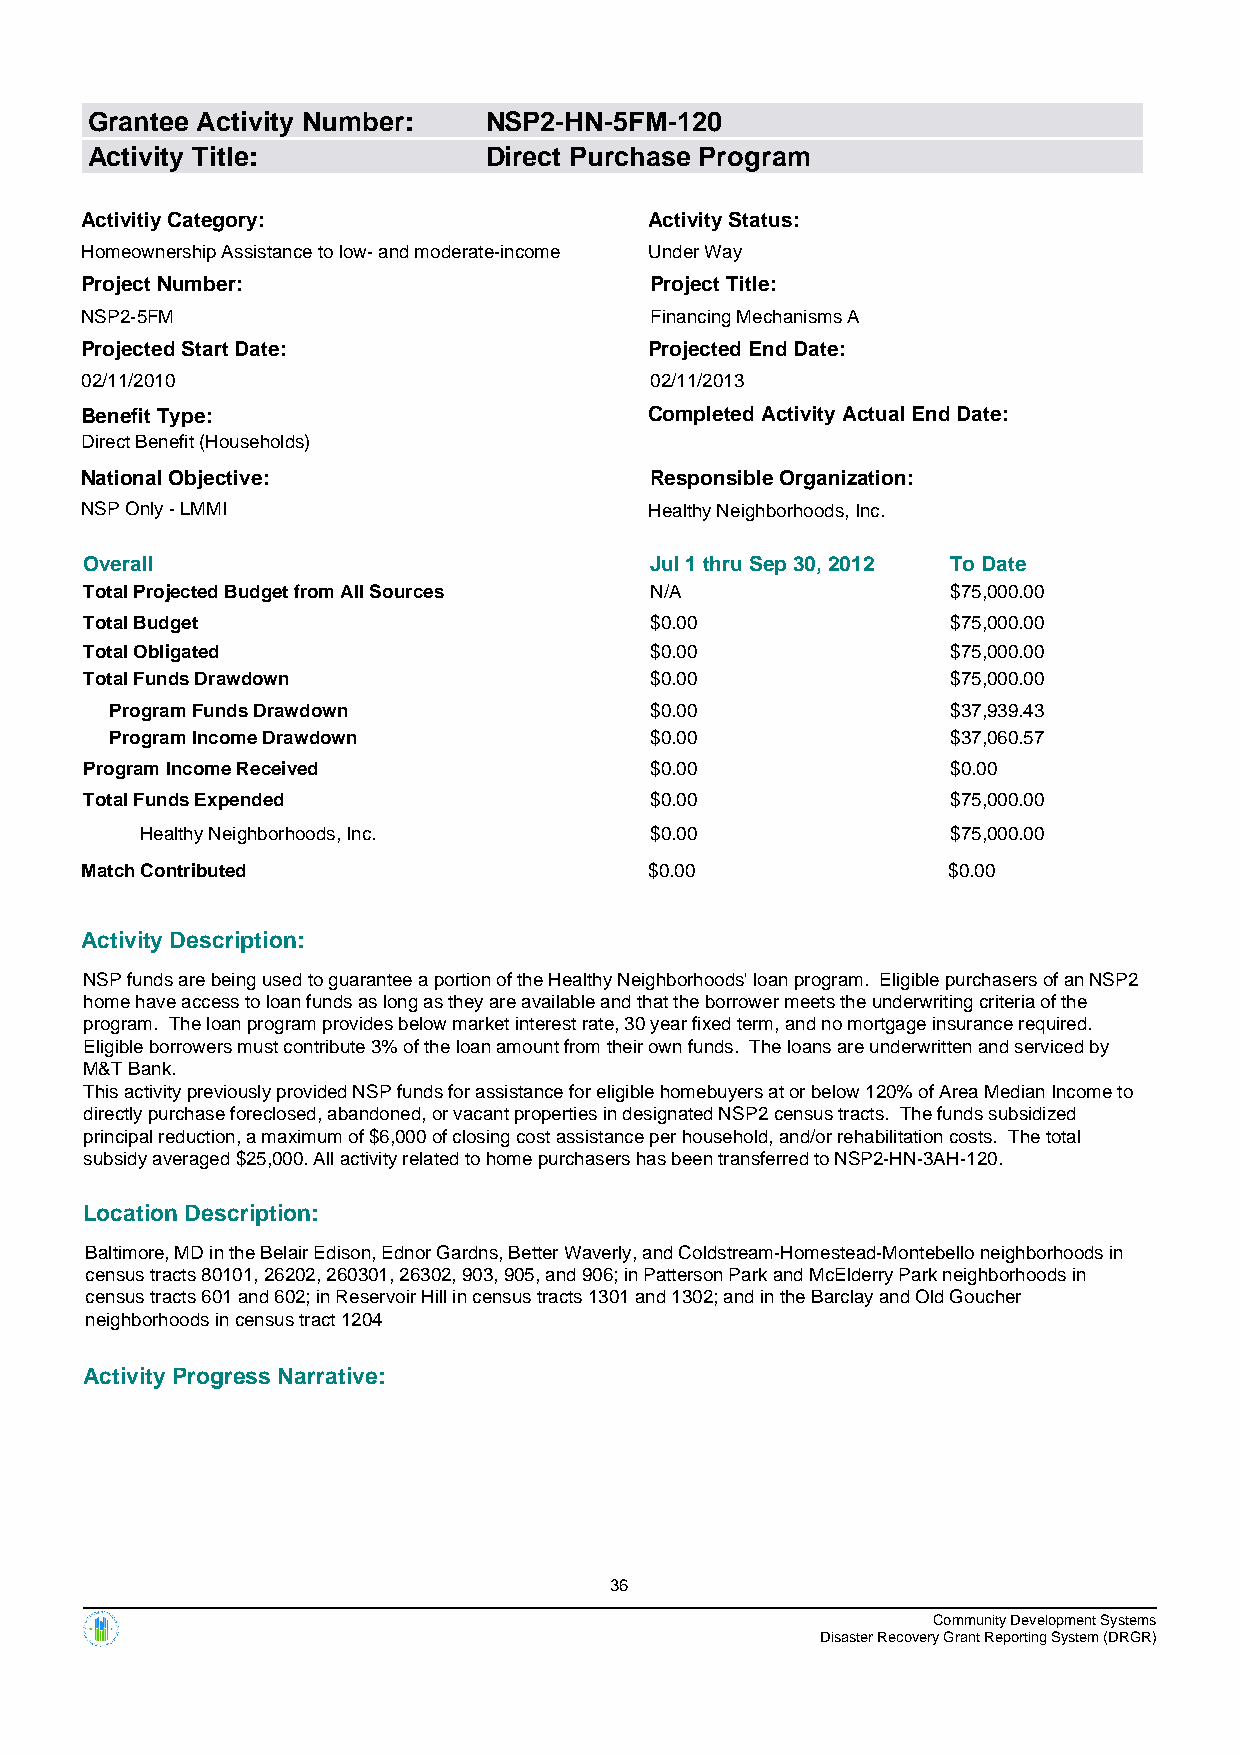
Grantee Activity Number:  NSP2-HN-5FM-120
 Activity Title:           Direct Purchase Program
 Activitiy Category:                   Activity Status:
 Homeownership Assistance to low- and moderate-income Under Way
 Project Number:                       Project Title:
 NSP2-5FM                              Financing Mechanisms A
 Projected Start Date:                 Projected End Date:
 02/11/2010                            02/11/2013
 Benefit Type:                         Completed Activity Actual End Date:
 Direct Benefit (Households)
 National Objective:                   Responsible Organization:
 NSP Only - LMMI                       Healthy Neighborhoods, Inc.
 Overall                              Jul 1 thru Sep 30, 2012 To Date
 Total Projected Budget from All Sources N/A              $75,000.00
 Total Budget                         $0.00               $75,000.00
 Total Obligated                      $0.00               $75,000.00
 Total Funds Drawdown                 $0.00               $75,000.00
 Program Funds Drawdown              $0.00               $37,939.43
 Program Income Drawdown             $0.00               $37,060.57
 Program Income Received              $0.00               $0.00
 Total Funds Expended                 $0.00               $75,000.00
 Healthy Neighborhoods, Inc.       $0.00               $75,000.00
 Match Contributed                     $0.00               $0.00
 Activity Description:
 NSP funds are being used to guarantee a portion of the Healthy Neighborhoods' loan program. Eligible purchasers of an NSP2
 home have access to loan funds as long as they are available and that the borrower meets the underwriting criteria of the
 program. The loan program provides below market interest rate, 30 year fixed term, and no mortgage insurance required.
 Eligible borrowers must contribute 3% of the loan amount from their own funds. The loans are underwritten and serviced by
 M&T Bank.
 This activity previously provided NSP funds for assistance for eligible homebuyers at or below 120% of Area Median Income to
 directly purchase foreclosed, abandoned, or vacant properties in designated NSP2 census tracts. The funds subsidized
 principal reduction, a maximum of $6,000 of closing cost assistance per household, and/or rehabilitation costs. The total
 subsidy averaged $25,000. All activity related to home purchasers has been transferred to NSP2-HN-3AH-120.
 Location Description:
 Baltimore, MD in the Belair Edison, Ednor Gardns, Better Waverly, and Coldstream-Homestead-Montebello neighborhoods in
 census tracts 80101, 26202, 260301, 26302, 903, 905, and 906; in Patterson Park and McElderry Park neighborhoods in
 census tracts 601 and 602; in Reservoir Hill in census tracts 1301 and 1302; and in the Barclay and Old Goucher
 neighborhoods in census tract 1204
 Activity Progress Narrative:
 36
 Community Development Systems
 Disaster Recovery Grant Reporting System (DRGR)